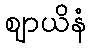
ဈာယိနံ